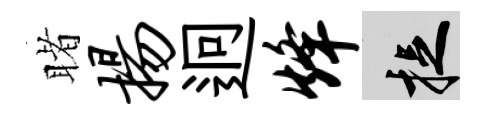
睹扬迥烽捉